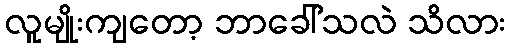
လူမျိုးကျတော့ ဘာခေါ်သလဲ သိလား